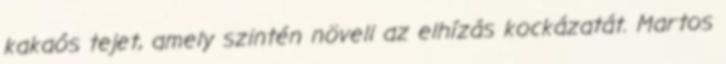
kakaós tejet, amely szintén növeli az elhízás kockázatát. Martos